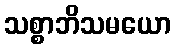
သစ္စာဘိသမယော